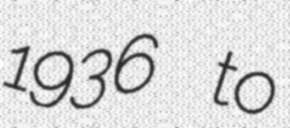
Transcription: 1936 to